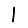
Digit: 1